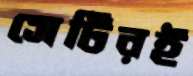
সেটিরই